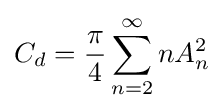
C_{d}={\frac {\pi }{4}}\sum _{n=2}^{\infty }nA_{n}^{2}